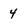
Character: 4